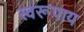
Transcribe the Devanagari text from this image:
स्वरूपाय